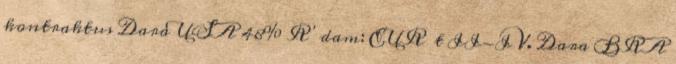
kontraktus Dara USA 48% R’dam: EUR t II-IV. Dara BRA